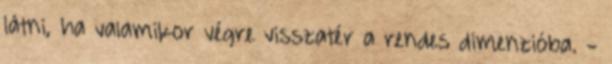
látni, ha valamikor végre visszatér a rendes dimenzióba. -